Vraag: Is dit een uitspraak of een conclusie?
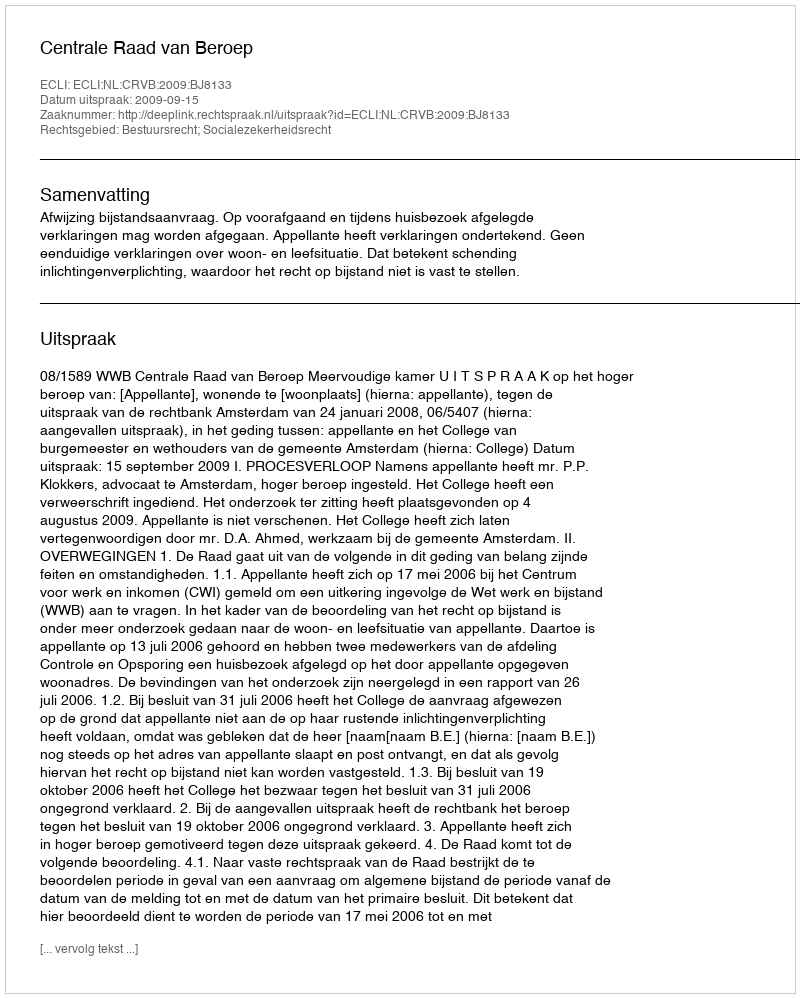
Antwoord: Uitspraak